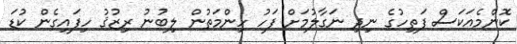
ކޮންމެއަކަސް ފަތިހުގެ ނިދި ނަގާލުމަށް ފަހު ހިންމަތުން ލިބުނު ރިޒުޤު ހިފައިގެން ކުޑަ